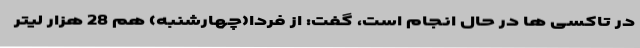
در تاکسی ها در حال انجام است، گفت: از فردا(چهارشنبه) هم 28 هزار لیتر